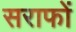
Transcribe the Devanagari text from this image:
सराफों